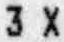
3 X